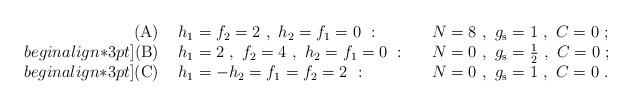
LaTeX: \begin{align*}\begin{array}{rll}\mbox{(A)}\ & h_1 = f_2 = 2\ ,\ h_2 = f_1 = 0\ :\quad&N = 8\ ,\ g_{\rm s} =1\ ,\ C=0\ ;\\begin{align*}3pt]\mbox{(B)}\ &h_1 = 2\ ,\ f_2 = 4\ ,\ h_2 = f_1 = 0\ :\quad&N = 0\ ,\ g_{\rm s} =\mbox{$\frac{1}{2}$}\ ,\ C=0\ ;\\begin{align*}3pt]\mbox{(C)}\ &h_1 = -h_2 = f_1 = f_2 = 2\ :\quad&N = 0\ ,\ g_{\rm s} =1\ ,\ C=0\ .\end{array}\end{align*}